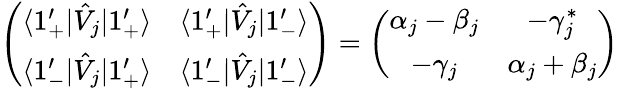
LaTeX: \left(\begin{array}{cc}{\langle 1_{+}^{\prime}|\hat{V}_{j}|1_{+}^{\prime}\rangle}&{\langle 1_{+}^{\prime}|\hat{V}_{j}|1_{-}^{\prime}\rangle}\\ {\langle 1_{-}^{\prime}|\hat{V}_{j}|1_{+}^{\prime}\rangle}&{\langle 1_{-}^{\prime}|\hat{V}_{j}|1_{-}^{\prime}\rangle}\end{array}\right)=\left(\begin{array}{cc}{\alpha_{j}-\beta_{j}}&{-\gamma_{j}^{*}}\\ {-\gamma_{j}}&{\alpha_{j}+\beta_{j}}\end{array}\right)